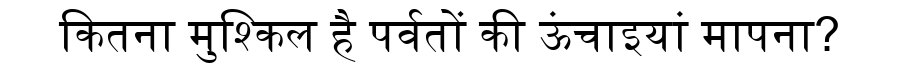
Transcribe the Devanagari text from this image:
कितना मुश्किल है पर्वतों की ऊंचाइयां मापना?